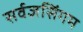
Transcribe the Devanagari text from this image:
सर्वज्ञसिंगम